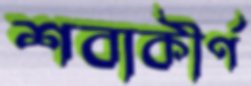
শবাকীর্ণ